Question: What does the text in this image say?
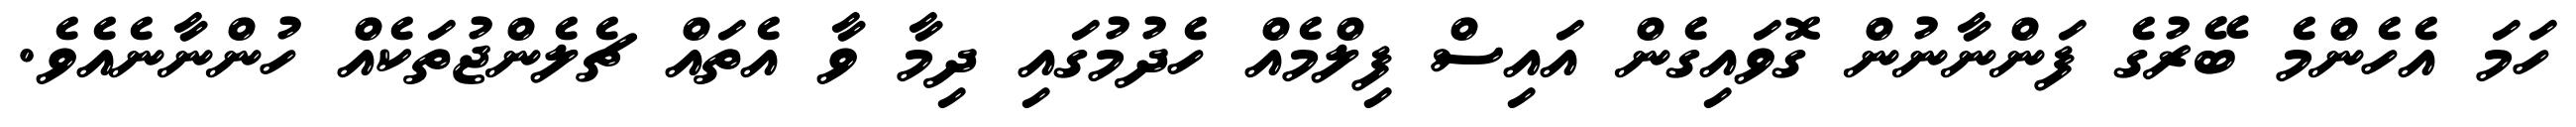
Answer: ހަމަ އެހެންމެ ބޭރުގެ ފަންނާނުން ގޮވައިގެން އައިސް ފިލްމެއް ހެދުމުގައި ދިމާ ވާ އެތައް ޗެލެންޖުތަކެއް ހުންނާނެއެވެ.